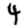
Digit: 4